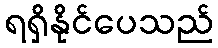
ရရှိနိုင်ပေသည်